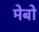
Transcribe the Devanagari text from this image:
मेबो